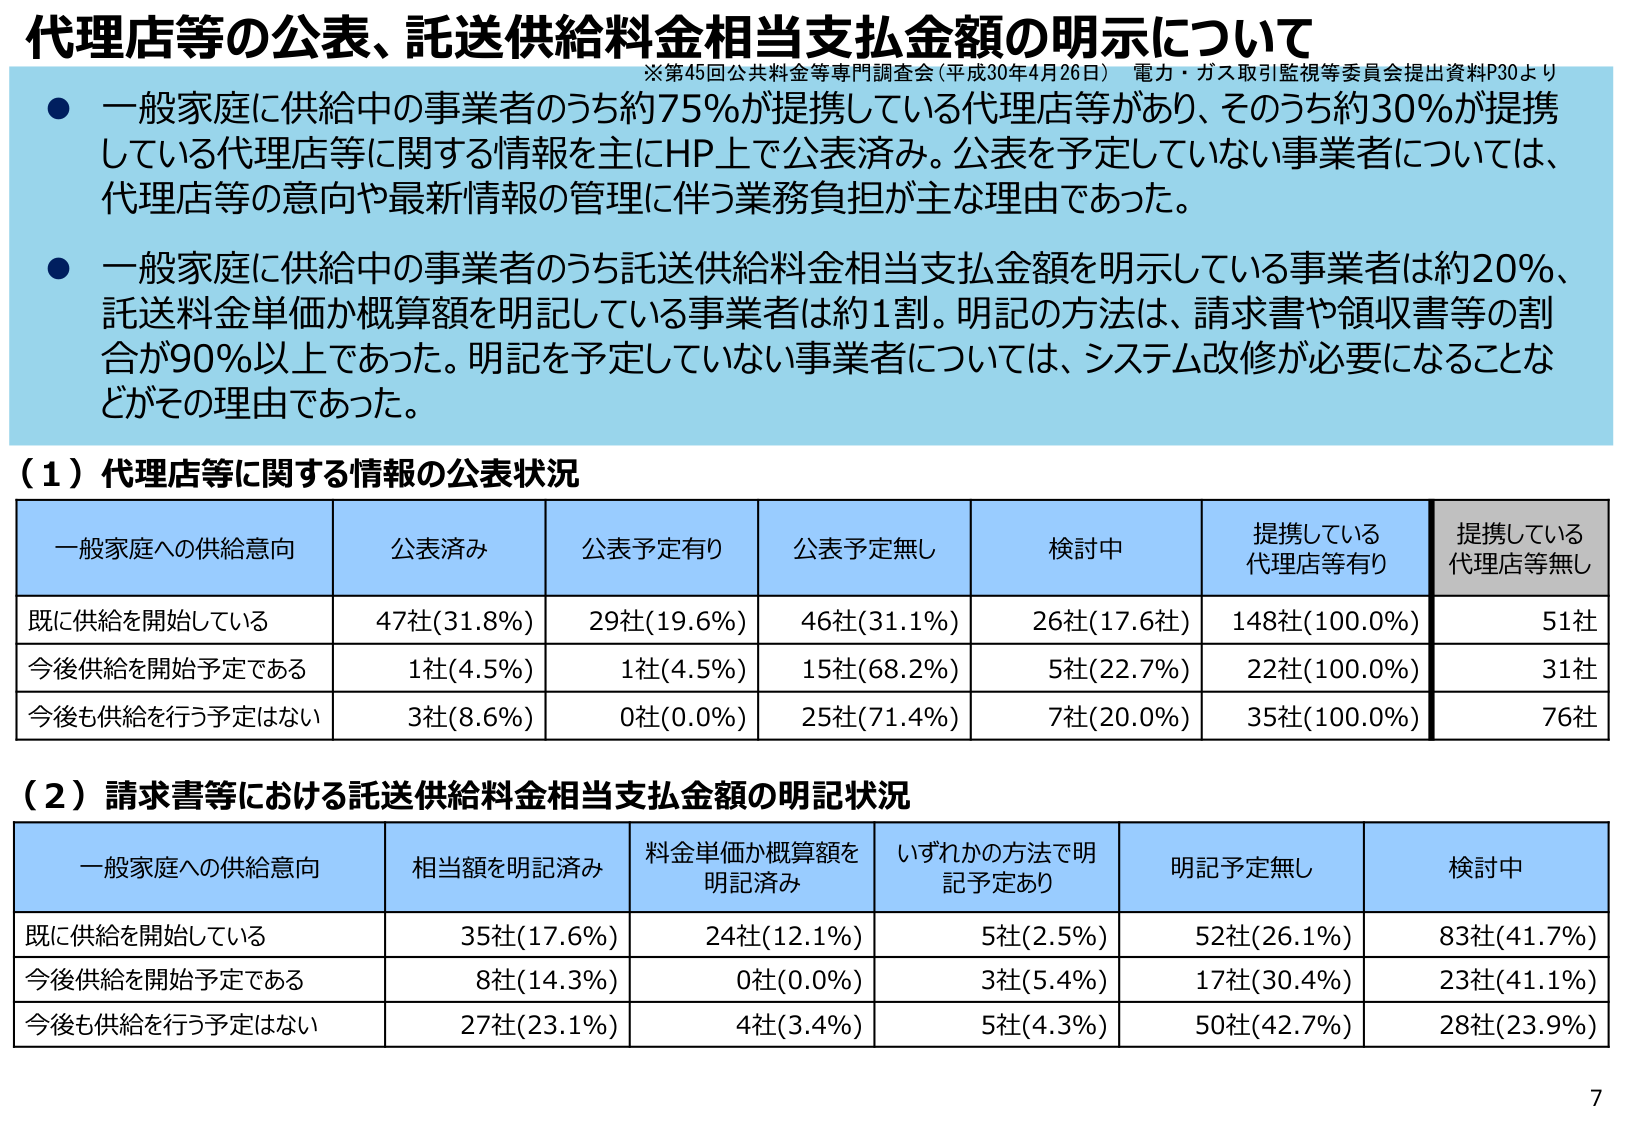
代理店等の公表、託送供給料金相当支払金額の明示について
※第45回公共料金等専門調査会（平成30年4月26日） 電力・ガス取引監視等委員会提出資料P30より

● 一般家庭に供給中の事業者のうち約75％が提携している代理店等があり、そのうち約30％が提携している代理店等に関する情報を主にHP上で公表済み。公表を予定していない事業者については、代理店等の意向や最新情報の管理に伴う業務負担が主な理由であった。

● 一般家庭に供給中の事業者のうち託送供給料金相当支払金額を明示している事業者は約20％、託送料金単価か概算額を明記している事業者は約1割。明記の方法は、請求書や領収書等の割合が90％以上であった。明記を予定していない事業者については、システム改修が必要になることなどがその理由であった。

（1）代理店等に関する情報の公表状況

| 一般家庭への供給意向 | 公表済み | 公表予定有り | 公表予定無し | 検討中 | 提携している代理店等有り | 提携している代理店等無し |
|----------------------|----------|--------------|--------------|--------|--------------------------|--------------------------|
| 既に供給を開始している | 47社(31.8%) | 29社(19.6%) | 46社(31.1%) | 26社(17.6社) | 148社(100.0%) | 51社 |
| 今後供給を開始予定である | 1社(4.5%) | 1社(4.5%) | 15社(68.2%) | 5社(22.7%) | 22社(100.0%) | 31社 |
| 今後も供給を行う予定はない | 3社(8.6%) | 0社(0.0%) | 25社(71.4%) | 7社(20.0%) | 35社(100.0%) | 76社 |

（2）請求書等における託送供給料金相当支払金額の明記状況

| 一般家庭への供給意向 | 相当額を明記済み | 料金単価か概算額を明記済み | いずれかの方法で明記予定あり | 明記予定無し | 検討中 |
|----------------------|------------------|-----------------------------|-----------------------------|--------------|--------|
| 既に供給を開始している | 35社(17.6%) | 24社(12.1%) | 5社(2.5%) | 52社(26.1%) | 83社(41.7%) |
| 今後供給を開始予定である | 8社(14.3%) | 0社(0.0%) | 3社(5.4%) | 17社(30.4%) | 23社(41.1%) |
| 今後も供給を行う予定はない | 27社(23.1%) | 4社(3.4%) | 5社(4.3%) | 50社(42.7%) | 28社(23.9%) |

7